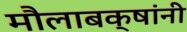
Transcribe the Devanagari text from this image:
मौलाबक्षांनी